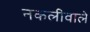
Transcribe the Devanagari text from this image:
नकलीवाले